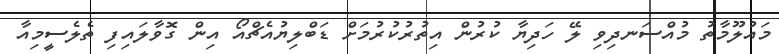
މައުލޫމާތު މުއްސަނދިވި ލޭ ހަދިޔާ ކުރުން އިތުރުކުރުމަށް ޑަބްލިޔުއެޗްއޯ އިން ގޮވާލައިފި ތެލެސީމިއާ